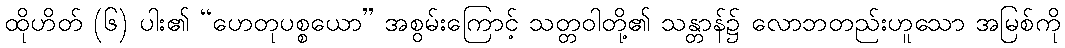
ထိုဟိတ် (၆) ပါး၏ “ဟေတုပစ္စယော” အစွမ်းကြောင့် သတ္တဝါတို့၏ သန္တာန်၌ လောဘတည်းဟူသော အမြစ်ကို